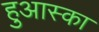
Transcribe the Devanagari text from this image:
हुआस्का